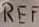
Text: REF